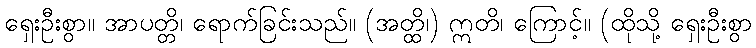
ရှေးဦးစွာ။ အာပတ္တိ၊ ရောက်ခြင်းသည်။ (အတ္ထိ၊) ဣတိ၊ ကြောင့်။ (ထိုသို့ ရှေးဦးစွာ